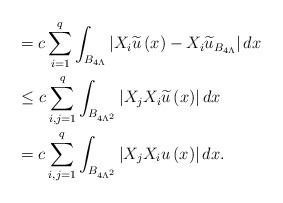
LaTeX: \begin{align*}& =c\sum_{i=1}^{q}\int_{B_{4\Lambda}}\left\vert X_{i}\widetilde{u}\left(x\right) -X_{i}\widetilde{u}_{B_{4\Lambda}}\right\vert dx\\& \leq c\sum_{i,j=1}^{q}\int_{B_{4\Lambda^{2}}}\left\vert X_{j}X_{i}\widetilde{u}\left( x\right) \right\vert dx\\& =c\sum_{i,j=1}^{q}\int_{B_{4\Lambda^{2}}}\left\vert X_{j}X_{i}u\left(x\right) \right\vert dx.\end{align*}